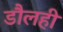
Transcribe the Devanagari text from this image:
डौलही